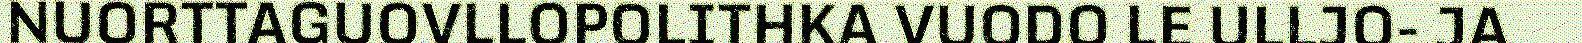
NUORTTAGUOVLLOPOLITHKA VUODO LE ULLJO- JA